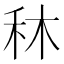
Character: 𥝰